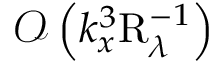
\mathcal { O } \left( k _ { x } ^ { 3 } \mathrm { R } _ { \lambda } ^ { - 1 } \right)